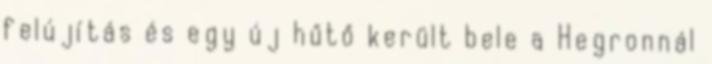
felújítás és egy új hűtő került bele a Hegronnál